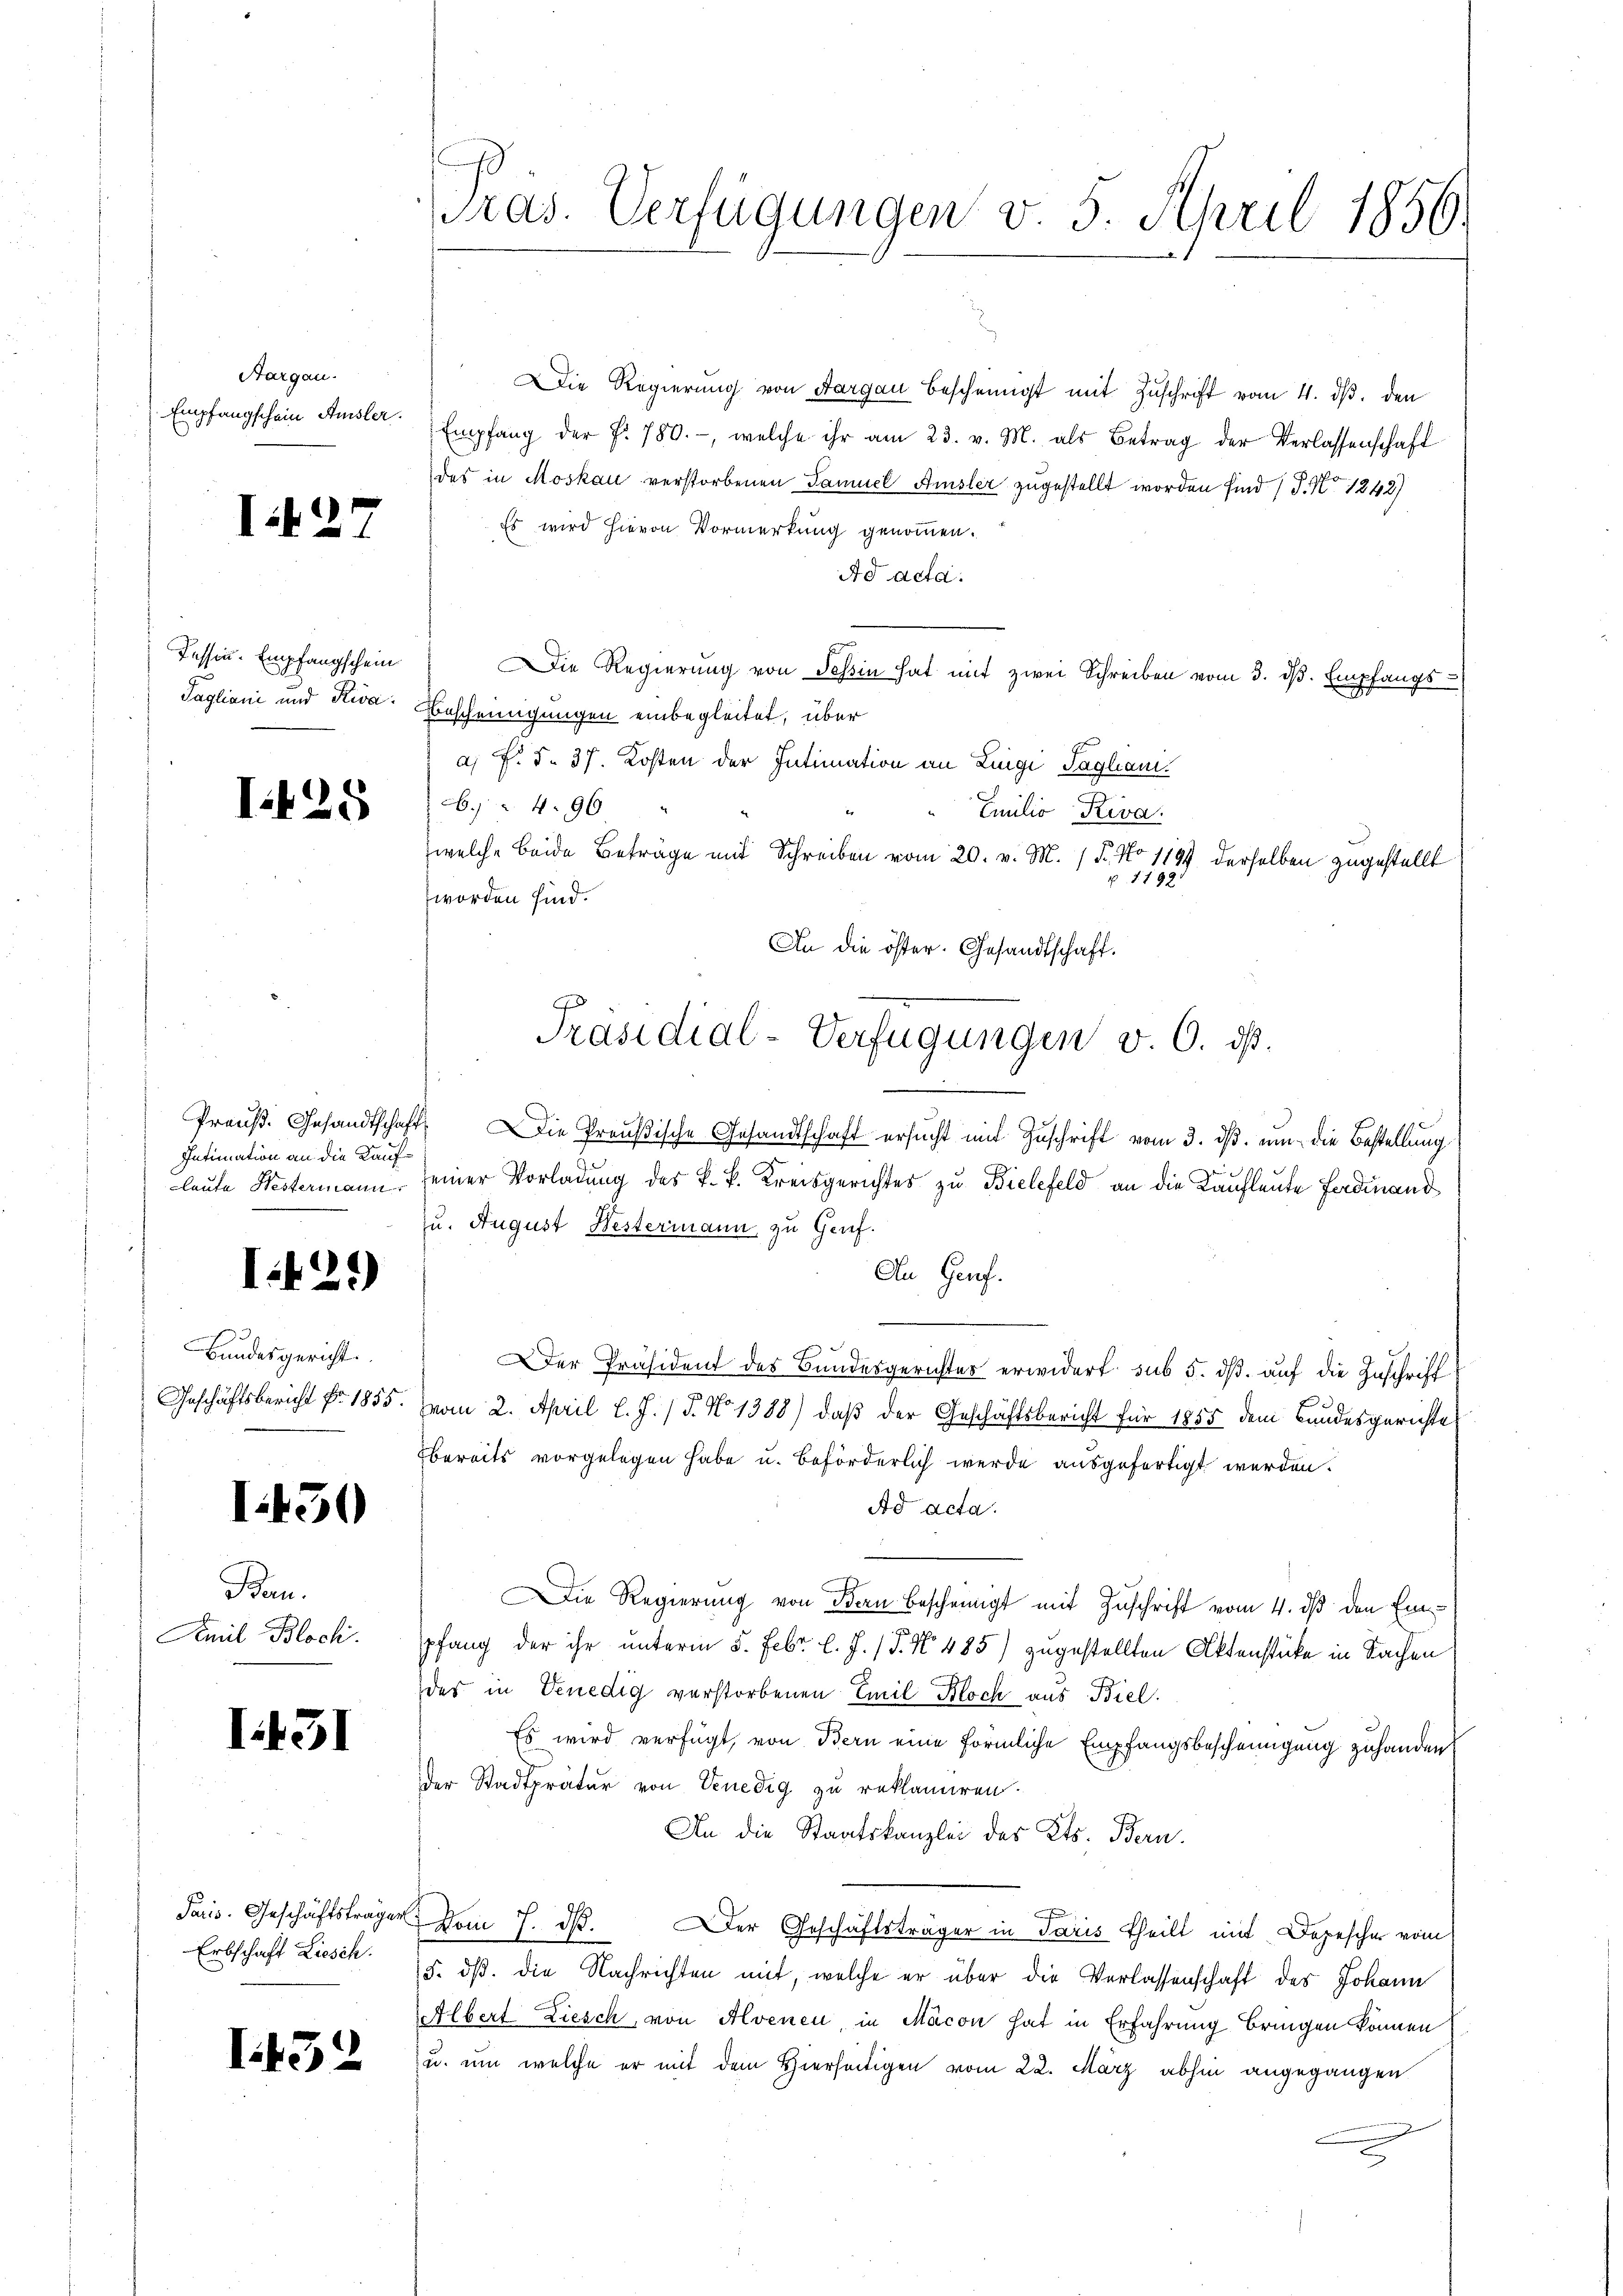
Aargau.
Empfangschein Amsler.

I27

Tessin-Empfangschein
Pagliani und Riva

I.425

Intimation an die Kauf¬

I.29)

Bundesgericht.
Geschäftsbericht Nr. 1855.

I.450

I.431

Ban.
Amil Bloch.

Paris. Geschäftsträger
Erbschaft Liesch.

I432

ras. Verfügungen v. 5. April 1856.

Die Regierung von Aargau bescheinigt mit Zuschrift vom 4. ds. den
Empfang der P. 780.-, welche ihr am 23. v. M. als Betrag der Verlassenschaft
des in Moskau verstorbenen Samuel Amsler zugestellt worden sind (T. No 1242)
Es wird hievon Vormerkung genommen.
Ad acta.
Die Regierung von deβin hat mit zwei Schreiben vom 3. dβ. Empfangs-
Bescheinigungen einbegleitet, über
a) F. S. 37. Kosten der Intimation an Luigi Tagham.
6. 496
Emilio Riva
welche beide Beträge mit Schreiben vom 20. v. M. P. No 1197 derselben zugestellt
1.192
worden sind.
An die öster. Gesandtschaft.
Preŭβ. Gesandtschaft. Die Preußische Gesandtschaft ersŭcht mit Zŭschrift vom 3. dβ. ŭm die Bestellung
laute Weitermann, seiner Vorladung des k. k. Kreisgerichtes zu Bielefeld an die Kaufleute Ferdinand
zu. August Bestermann zu Genf.
An Genf.
Der Präsident des Bundesgerichtes erwidert sub 5. dß. auf die Zuschrift
vom 2. April l. J. (T. No 1388) daß der Geschäftsbericht für 1855 dem Bundesgerichte
bereits vorgelegen habe u. beförderlich werde ausgefertigt werden.
Ad acta.
Die Regierung von Bern bescheinigt mit Zuschrift vom 4. dß den Ein
pfang der ihr unterm 5. Febr. l. J. P. Nr. 485) zugestellten Aktenstücke in Sachen
des in Venedig verstorbenen Emil Bloch aus Biel.
Es wird verfügt, von Bern eine förmliche Empfangsbescheinigung zuhanden
der Stadtprätur von Venedig zu reklamiren.
An die Staatskanzlei des Kts. Bern.
Vom 7. d. Der Geschäftsträger in Paris theilt mit Depescher vom
5. dß. die Nachrichten mit, welche er über die Verlassenschaft des Johann
Albert Ziesch, von Alvenen, in Macon hat in Erfahrung bringen können
u. um welche er mit dem Hierseitigen vom 22. März abhin angegangen

Präsidial-Verfügungen v. 6. dß.